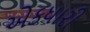
એકધારી